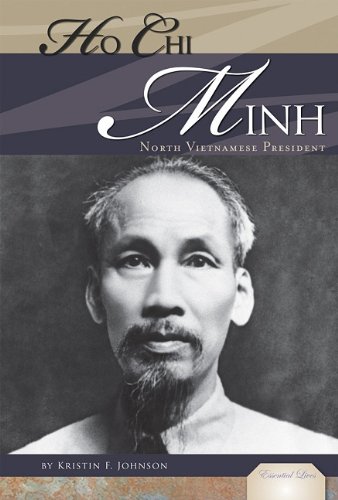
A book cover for Ho Chi Minh: North Vietnamese President (Essential Lives); Kristin F. Johnson; Teen & Young Adult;